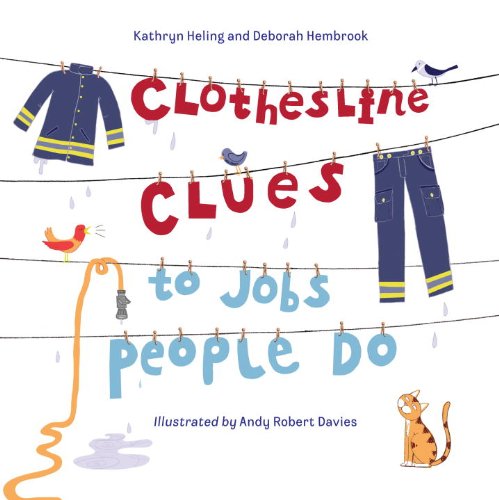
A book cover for Clothesline Clues: Jobs; Kathryn Heling; Children's Books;